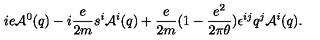
i e { \cal A } ^ { 0 } ( q ) - i \frac { e } { 2 m } { s ^ { i } } { \cal A } ^ { i } ( q ) + \frac { e } { 2 m } ( 1 - \frac { e ^ { 2 } } { 2 \pi \theta } ) \epsilon ^ { i j } q ^ { j } { \cal A } ^ { i } ( q ) .